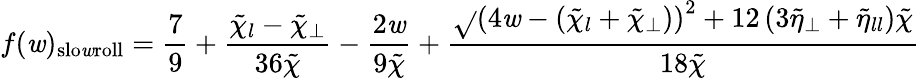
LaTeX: f(\mathit{w})_{\mathrm{{slo\mathit{w}roll}}}=\frac{{7}}{{9}}+\frac{{\tilde{{\chi}}_{l}-\tilde{{\chi}}_{\perp}}}{{36\tilde{{\chi}}}}-\frac{{2\mathit{w}}}{{9\tilde{{\chi}}}}+\frac{{\sqrt{}{{\left(4\mathit{w}-(\tilde{{\chi}}_{l}+\tilde{{\chi}}_{\perp})\right)^{2}+12\left(3\tilde{{\eta}}_{\perp}+\tilde{{\eta}}_{ll}\right)\tilde{{\chi}}}}}}{{18\tilde{{\chi}}}}